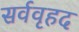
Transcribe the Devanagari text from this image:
सर्ववृहद